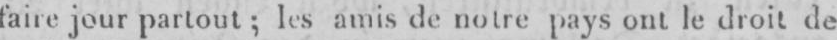
faire jour partout; les amis de notrepays ont le droit de